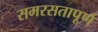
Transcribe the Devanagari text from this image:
समरसतापूर्ण